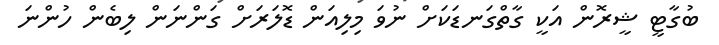
ބުގާޓީ ޝީރޮން އަކީ ގާތްގަނޑަކަށް ނުވަ މިލިއަން ޑޮލަރަށް ގަންނަން ލިބެން ހުންނަ